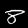
Label: 8